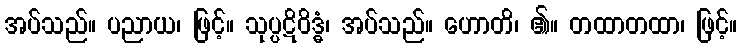
အပ်သည်။ ပညာယ၊ ဖြင့်။ သုပ္ပဋိဝိဒ္ဓံ၊ အပ်သည်။ ဟောတိ၊ ၏။ တထာတထာ၊ ဖြင့်။